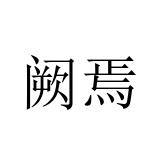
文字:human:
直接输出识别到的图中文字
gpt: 阙焉